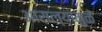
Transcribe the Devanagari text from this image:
आसल्‍यामुळे